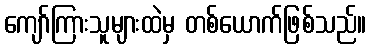
ကျော်ကြားသူများထဲမှ တစ်ယောက်ဖြစ်သည်။